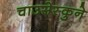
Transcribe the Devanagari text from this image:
चाउसेस्कुने